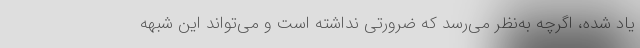
یاد شده، اگرچه به‌نظر می‌رسد که ضرورتی نداشته است و می‌تواند این شبهه